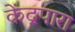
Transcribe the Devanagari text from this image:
केंद्रपारा